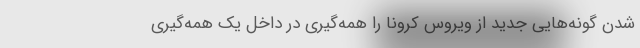
شدن گونه‌هایی جدید از ویروس کرونا را همه‌گیری در داخل یک همه‌گیری